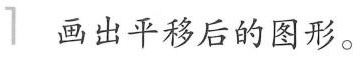
1画出平移后的图形。